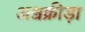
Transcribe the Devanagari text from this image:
अश्वक्रीड़ा